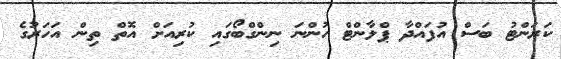
ކަރަންޓު ބަސް އުފައްދާ ޕްލާންޓް ހުންނަ ނިންގްބޯގައި ކުރިއަށް އޮތް ތިން އަހަރުގެ